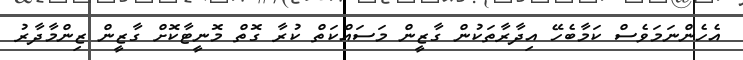
އެހެންނަމަވެސް ކަމާބެހޭ އިދާރާތަކުން ގާޒީން މަސައްކަތް ކުރާ ގޮތް މޮނީޓާކޮށް ގާޒީން ޒިންމާދާރު